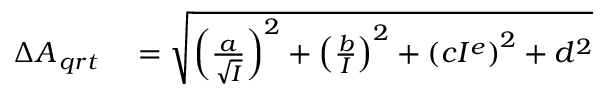
\begin{array} { r l } { \Delta { { A _ { \, q r t } } } } & { { } = \sqrt { \left( \frac { a } { \sqrt { I } } \right) ^ { 2 } + \left( \frac { b } { I } \right) ^ { 2 } + \left( c I ^ { e } \right) ^ { 2 } + d ^ { 2 } } } \end{array}